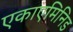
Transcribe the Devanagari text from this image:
एकाएमिनिड